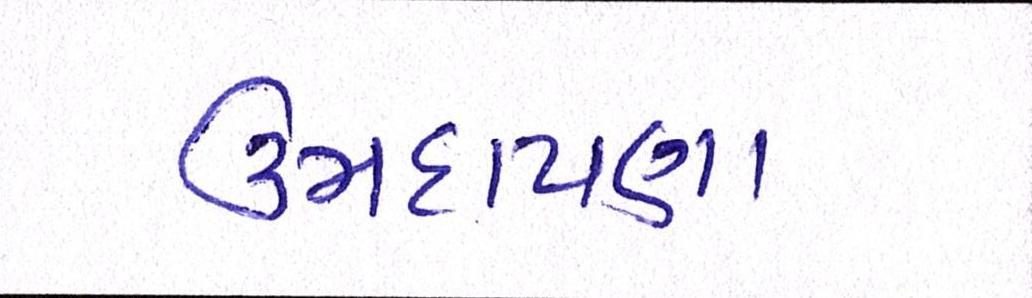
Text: ઉમદાપણા